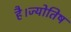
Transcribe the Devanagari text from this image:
है।ज्योतिष